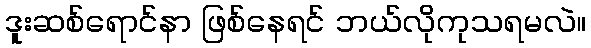
ဒူးဆစ်ရောင်နာ ဖြစ်နေရင် ဘယ်လိုကုသရမလဲ။